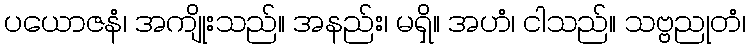
ပယောဇနံ၊ အကျိုးသည်။ အနည်း၊ မရှိ။ အဟံ၊ ငါသည်။ သဗ္ဗညုတံ၊